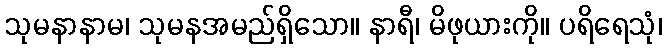
သုမနာနာမ၊ သုမနအမည်ရှိသော။ နာရီ၊ မိဖုယားကို။ ပရိရေသုံ၊